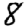
Digit: 8